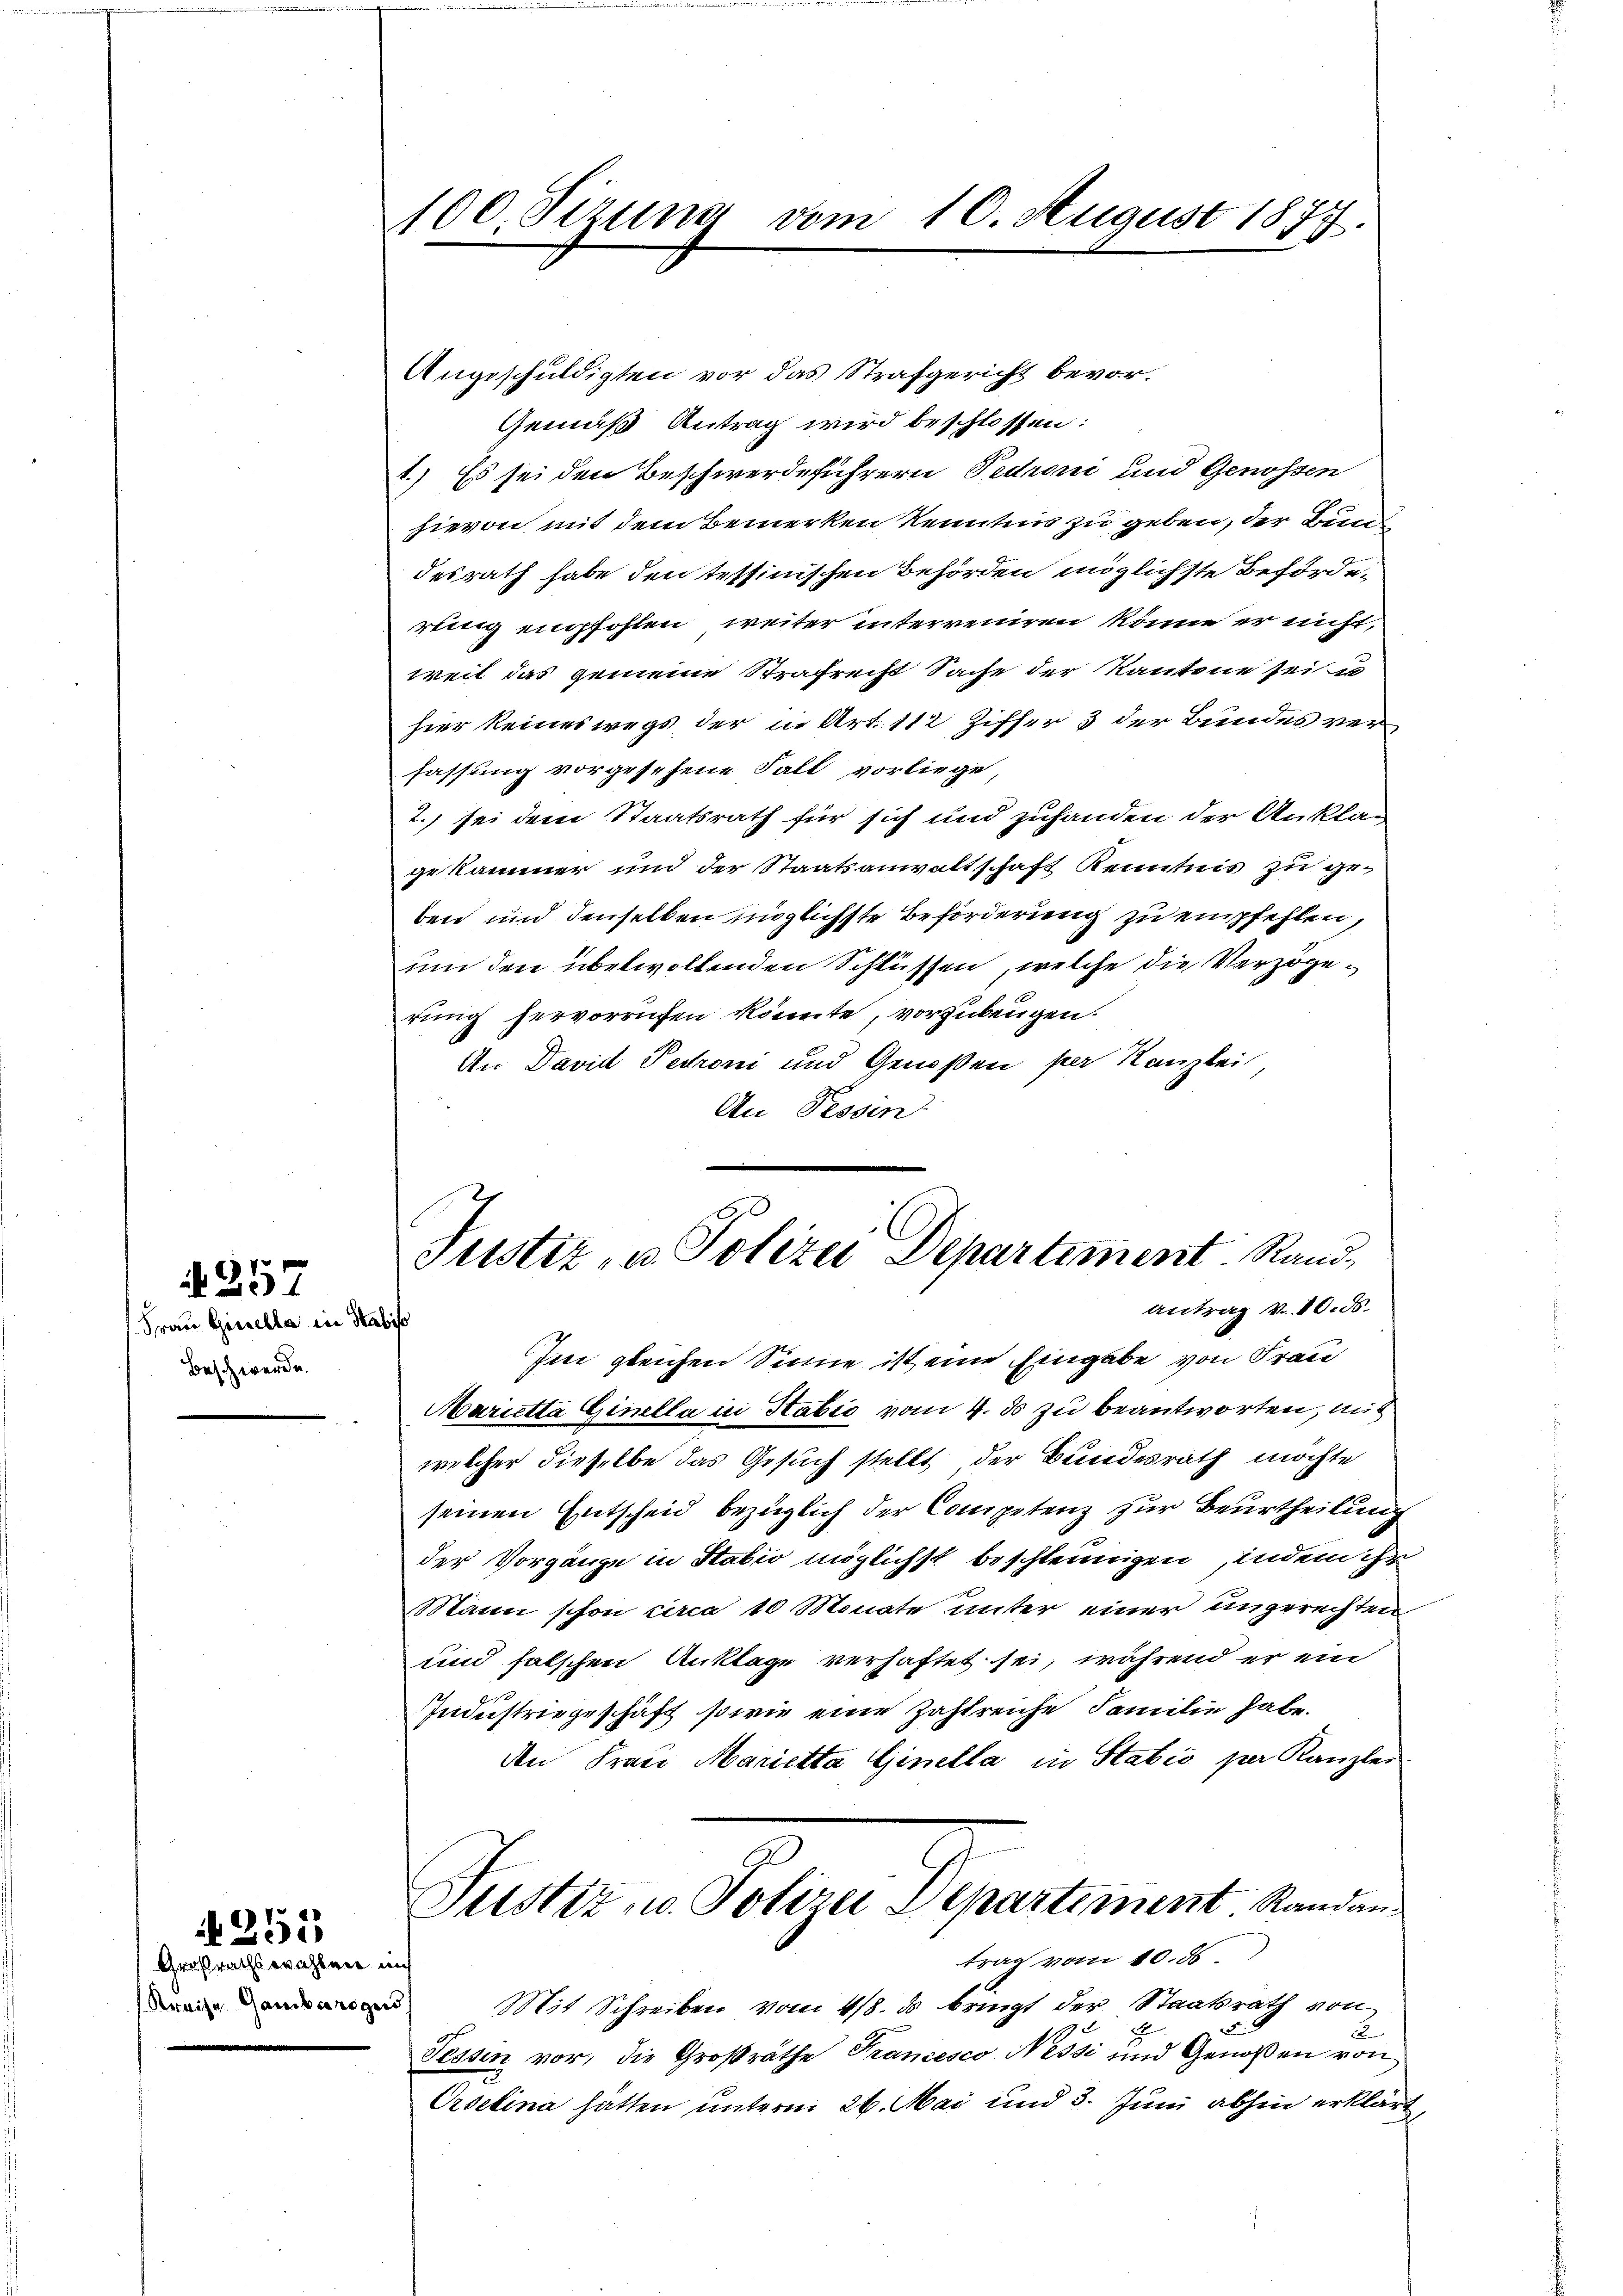
Frau Gisella in Sabis
Beschwerde.

257

Großrathswahlene im

Nr. 251

100. Sizung vom 10. August 1877.

Aug.

2

Justiz- u. Polizei Departiment. Rand¬
Antrag v. 10. ds.

Gemäß Antrag wird beschlossen:
1.) Es sei den Beschwerdeführern Pedroni und Genossen
hievon mit dem Bemerken Kenntnis zu geben, der Burg
desrath habe den tettinischen Behörden möglichste Behörderung empfohlen, weiter interreiren könne er nicht,
weit das gemeine Strafrecht Sache der Kantone sein
hier keineswegs der in Art. 112 Ziffer 3 der Bundes verfassung vorgesehene Fall vorliege,
2., sei dem Staatsrath für sich und zuhanden der Anklag
gekammer und der Staatsanwaltschaft Kenntnis zu geben und denselben möglichste Beförderung zu empfehlen,
um den überwollenden Schlüssen, welche die Verzögerung hervorrufen könnte, vorzubeugen.
An David Petroni und Genoßen per Kanzlei,
An Tessin
Im gleichen Sinne ist eine Eingabe von Frau
Marietta Ginella in Habić vom 4. ds zu beantworten, mit
welcher dieselbe das Gesuch stellt der Bundesrath möchte
seinen Entscheid bezüglich der Competenz zur Beurtheilung
der Vorgänge in Stabio möglichst beschleunigen, indem ihr
Mann schon circa 10 Monate unter einer ungerechten
und falschen Anklage verhaftet sei, während er ein
Industriegeschäft, so wie eine Zahlreiche Familie habe.
den Frau Marietta Ginella in Statio per Kanzlei
Justiz u. Polizei Departement. Randan
trag vom 10. ds.
 Mit Schreiben vom 4/8. ds bringt der Staatsrath von
a
Tessin vor, die Großräthe Francesco Nessi und Genoßen von
Ordelina hätten unterm 26. Mai und 3. Juni abhin erklärt,